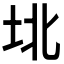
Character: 𰉟